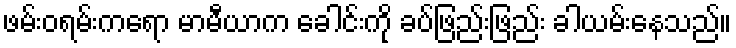
ဖမ်းဝရမ်းကရော မာမီယာက ခေါင်းကို ခပ်ဖြည်းဖြည်း ခါယမ်းနေသည်။